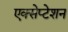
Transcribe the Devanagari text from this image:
एक्सेप्टेशन